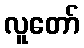
လူတော်